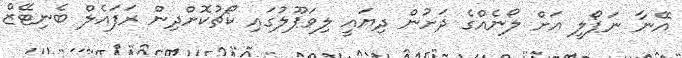
އޭނާ ނަޕޯލީ އަށް ލޯނެއްގެ ދަށުން ދިޔައީ ލިވަޕޫލުގައި ކޯޗުކޮށްދިން ރަފައެލް ބެނިޓޭޒް